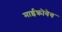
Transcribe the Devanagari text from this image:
माईक्रोवेव